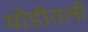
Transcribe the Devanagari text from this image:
मोडीतली